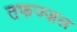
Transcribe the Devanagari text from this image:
तफज्ज़ल